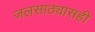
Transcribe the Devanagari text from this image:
जलसाठ्यासही